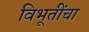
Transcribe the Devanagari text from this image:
विभूतींचा